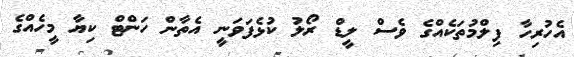
އެހުރިހާ ފިލްމުތަކެއްގެ ވެސް ލީޑް ރޯލު ކުޅެފަވަނީ އެތާން ހަންޓް ކިޔާ މީހެއްގެ